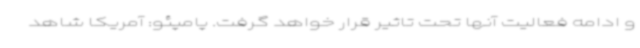
و ادامه فعالیت آنها تحت تاثیر قرار خواهد گرفت. پامپئو: آمریکا شاهد